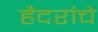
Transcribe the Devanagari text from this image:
हैदरांचे